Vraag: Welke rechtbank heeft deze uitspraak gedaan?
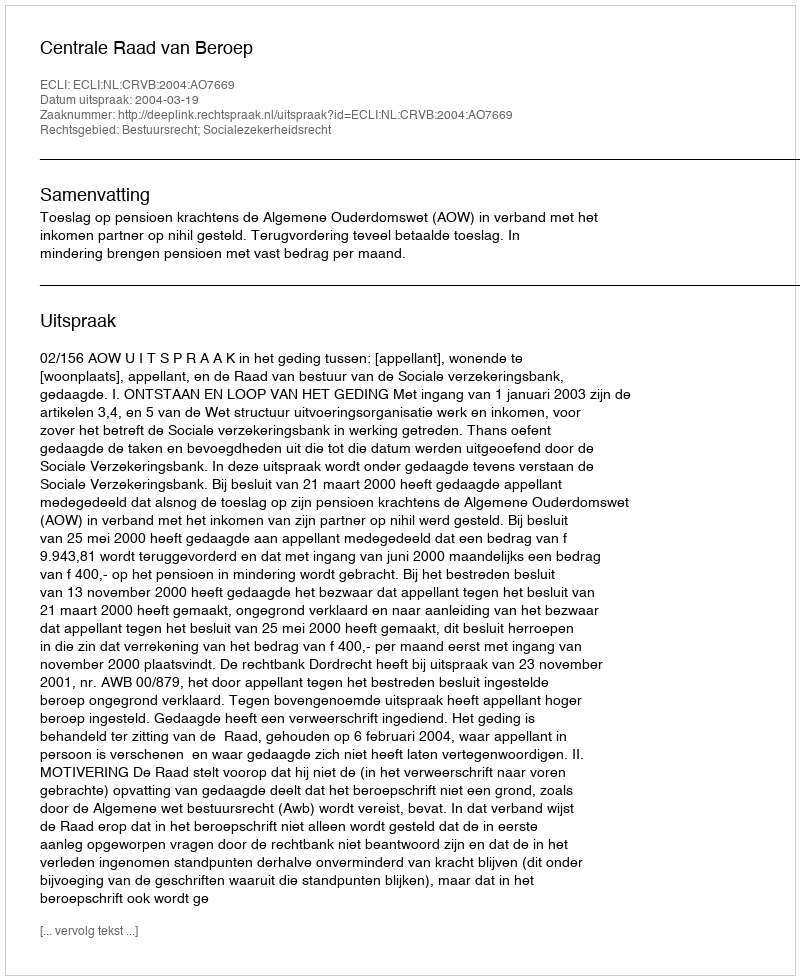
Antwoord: Centrale Raad van Beroep